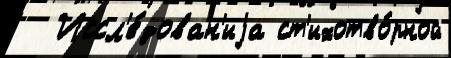
  Иссл'е́дован'иjа ст'ихотво́рной